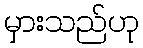
မှားသည်ဟု